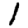
Digit: 1